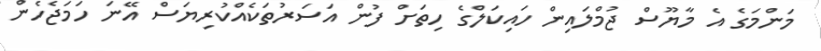
މަންމަގެ އެ މާޔޫސް ޖުމްލައިން ހައިކަލްގެ ހިތަށް ފުން އަސަރުތަކެއްކުރިޔަސް އޭނަ ހަމަޖެހެން